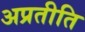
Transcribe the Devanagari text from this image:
अप्रतीति